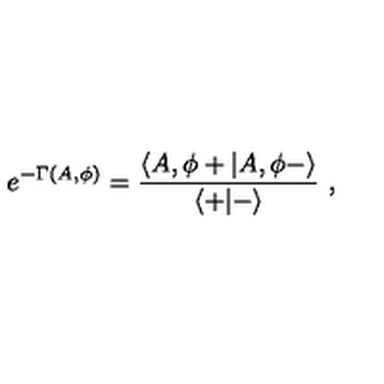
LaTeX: e ^ { - \Gamma ( A , \phi ) } = { \frac { \langle A , \phi + \vert A , \phi - \rangle } { \langle + \vert - \rangle } } \ ,